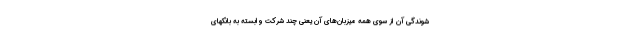
شوندگی آن از سوی همه میزبان‌های آن یعنی چند شرکت وابسته به بانکهای